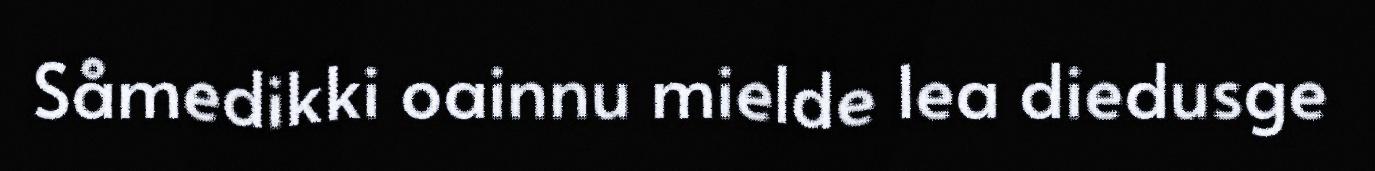
Såmedikki oainnu mielde lea diedusge